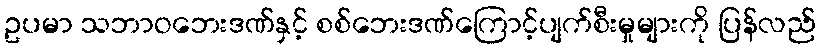
ဥပမာ သဘာဝဘေးဒဏ်နှင့် စစ်ဘေးဒဏ်ကြောင့်ပျက်စီးမှုများကို ပြန်လည်